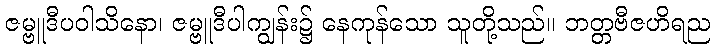
ဇမ္ဗူဒီပဝါသိနော၊ ဇမ္ဗူဒီပါကျွန်း၌ နေကုန်သော သူတို့သည်။ ဘတ္တဗီဇဟိရည